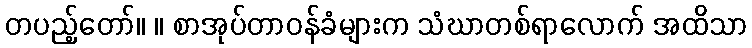
တပည့်တော်။ ။ စာအုပ်တာဝန်ခံများက သံဃာတစ်ရာလောက် အထိသာ